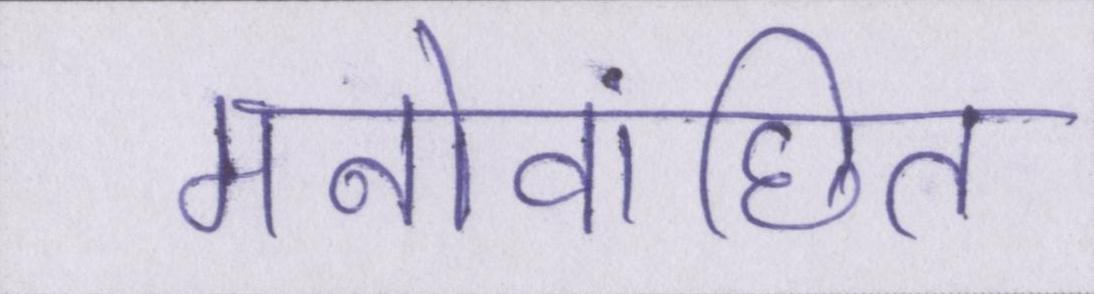
मनोवांछित